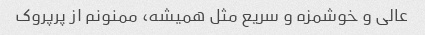
عالی و خوشمزه و سریع مثل همیشه، ممنونم از پرپروک